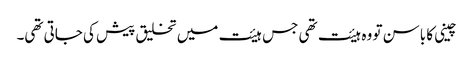
چینی کا باسن تو وہ ہیئت تھی جس ہیئت میں تخلیق پیش کی جاتی تھی۔